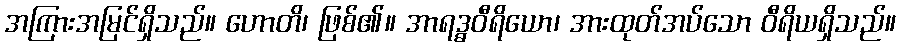
အကြားအမြင်ရှိသည်။ ဟောတိ၊ ဖြစ်၏။ အာရဒ္ဓဝီရိယော၊ အားထုတ်အပ်သော ဝီရိယရှိသည်။